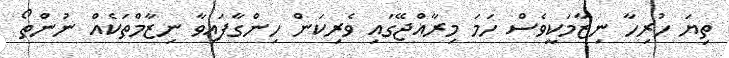
ތިޔަ ހުރިހާ ނިޒާމަކީވެސް ހަމަ މިރާއްޖޭގައި ވެރިކަން ހިންގާފައިވާ ނިޒާމްތަކެއް ނުންތޯ